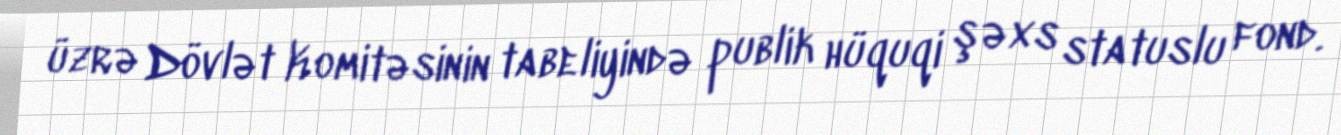
üzrə Dövlət Komitəsinin tabeliyində publik hüquqi şəxs statuslu fond.